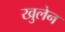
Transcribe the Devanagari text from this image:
खुलेन